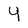
Character: 4